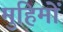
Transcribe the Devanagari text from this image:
मुहिमों